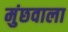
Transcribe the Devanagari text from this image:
मुंछवाला